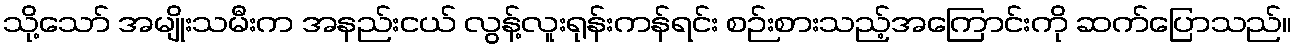
သို့သော် အမျိုးသမီးက အနည်းငယ် လွန့်လူးရုန်းကန်ရင်း စဉ်းစားသည့်အကြောင်းကို ဆက်ပြောသည်။